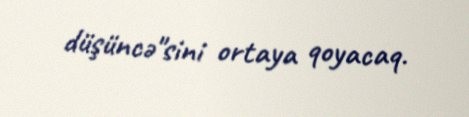
düşüncə"sini ortaya qoyacaq.